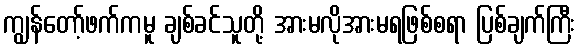
ကျွန်တော့်ဖက်ကမူ ချစ်ခင်သူတို့ အားမလိုအားမရဖြစ်စရာ ပြစ်ချက်ကြီး